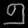
Digit: ၅